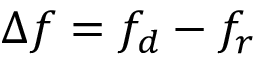
\Delta f = f _ { d } - f _ { r }